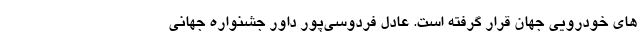
های خودرویی جهان قرار گرفته است. عادل فردوسی‌پور داور جشنواره جهانی